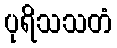
ပုရိသသတံ